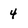
Character: 4